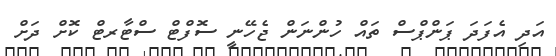
އަދި އެފަދަ ޕަންޕްސް ތައް ހުންނަން ޖެހޭނީ ސޮފްޓް ސްޓާރޓް ކޮށް ދަށް